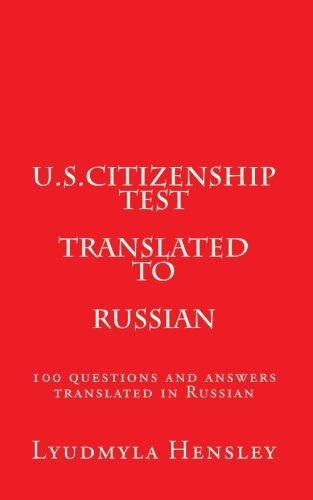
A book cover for U.S.Citizenship test translated in Russian: 100 questions  U.S. Citizenship test translated in Russian; Lyudmyla Hensley; Test Preparation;